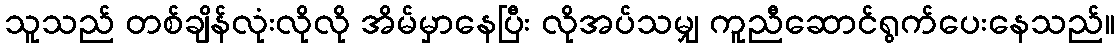
သူသည် တစ်ချိန်လုံးလိုလို အိမ်မှာနေပြီး လိုအပ်သမျှ ကူညီဆောင်ရွက်ပေးနေသည်။